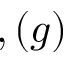
, ( g )